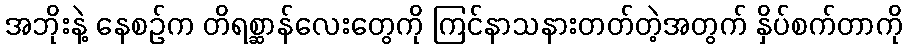
အဘိုးနဲ့ နေစဉ်က တိရစ္ဆာန်လေးတွေကို ကြင်နာသနားတတ်တဲ့အတွက် နှိပ်စက်တာကို